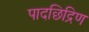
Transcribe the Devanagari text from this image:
पादछिद्रिण